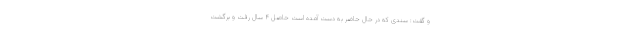
و گفت: سندی که در حال حاضر به دست آمده است حاصل ۴ سال رفت و برگشت